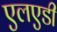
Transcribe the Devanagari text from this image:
एलएडी